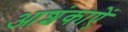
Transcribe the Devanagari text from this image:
आशंकाऐं